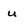
Character: u